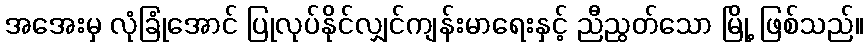
အအေးမှ လုံခြုံအောင် ပြုလုပ်နိုင်လျှင်ကျန်းမာရေးနှင့် ညီညွတ်သော မြို့ ဖြစ်သည်။